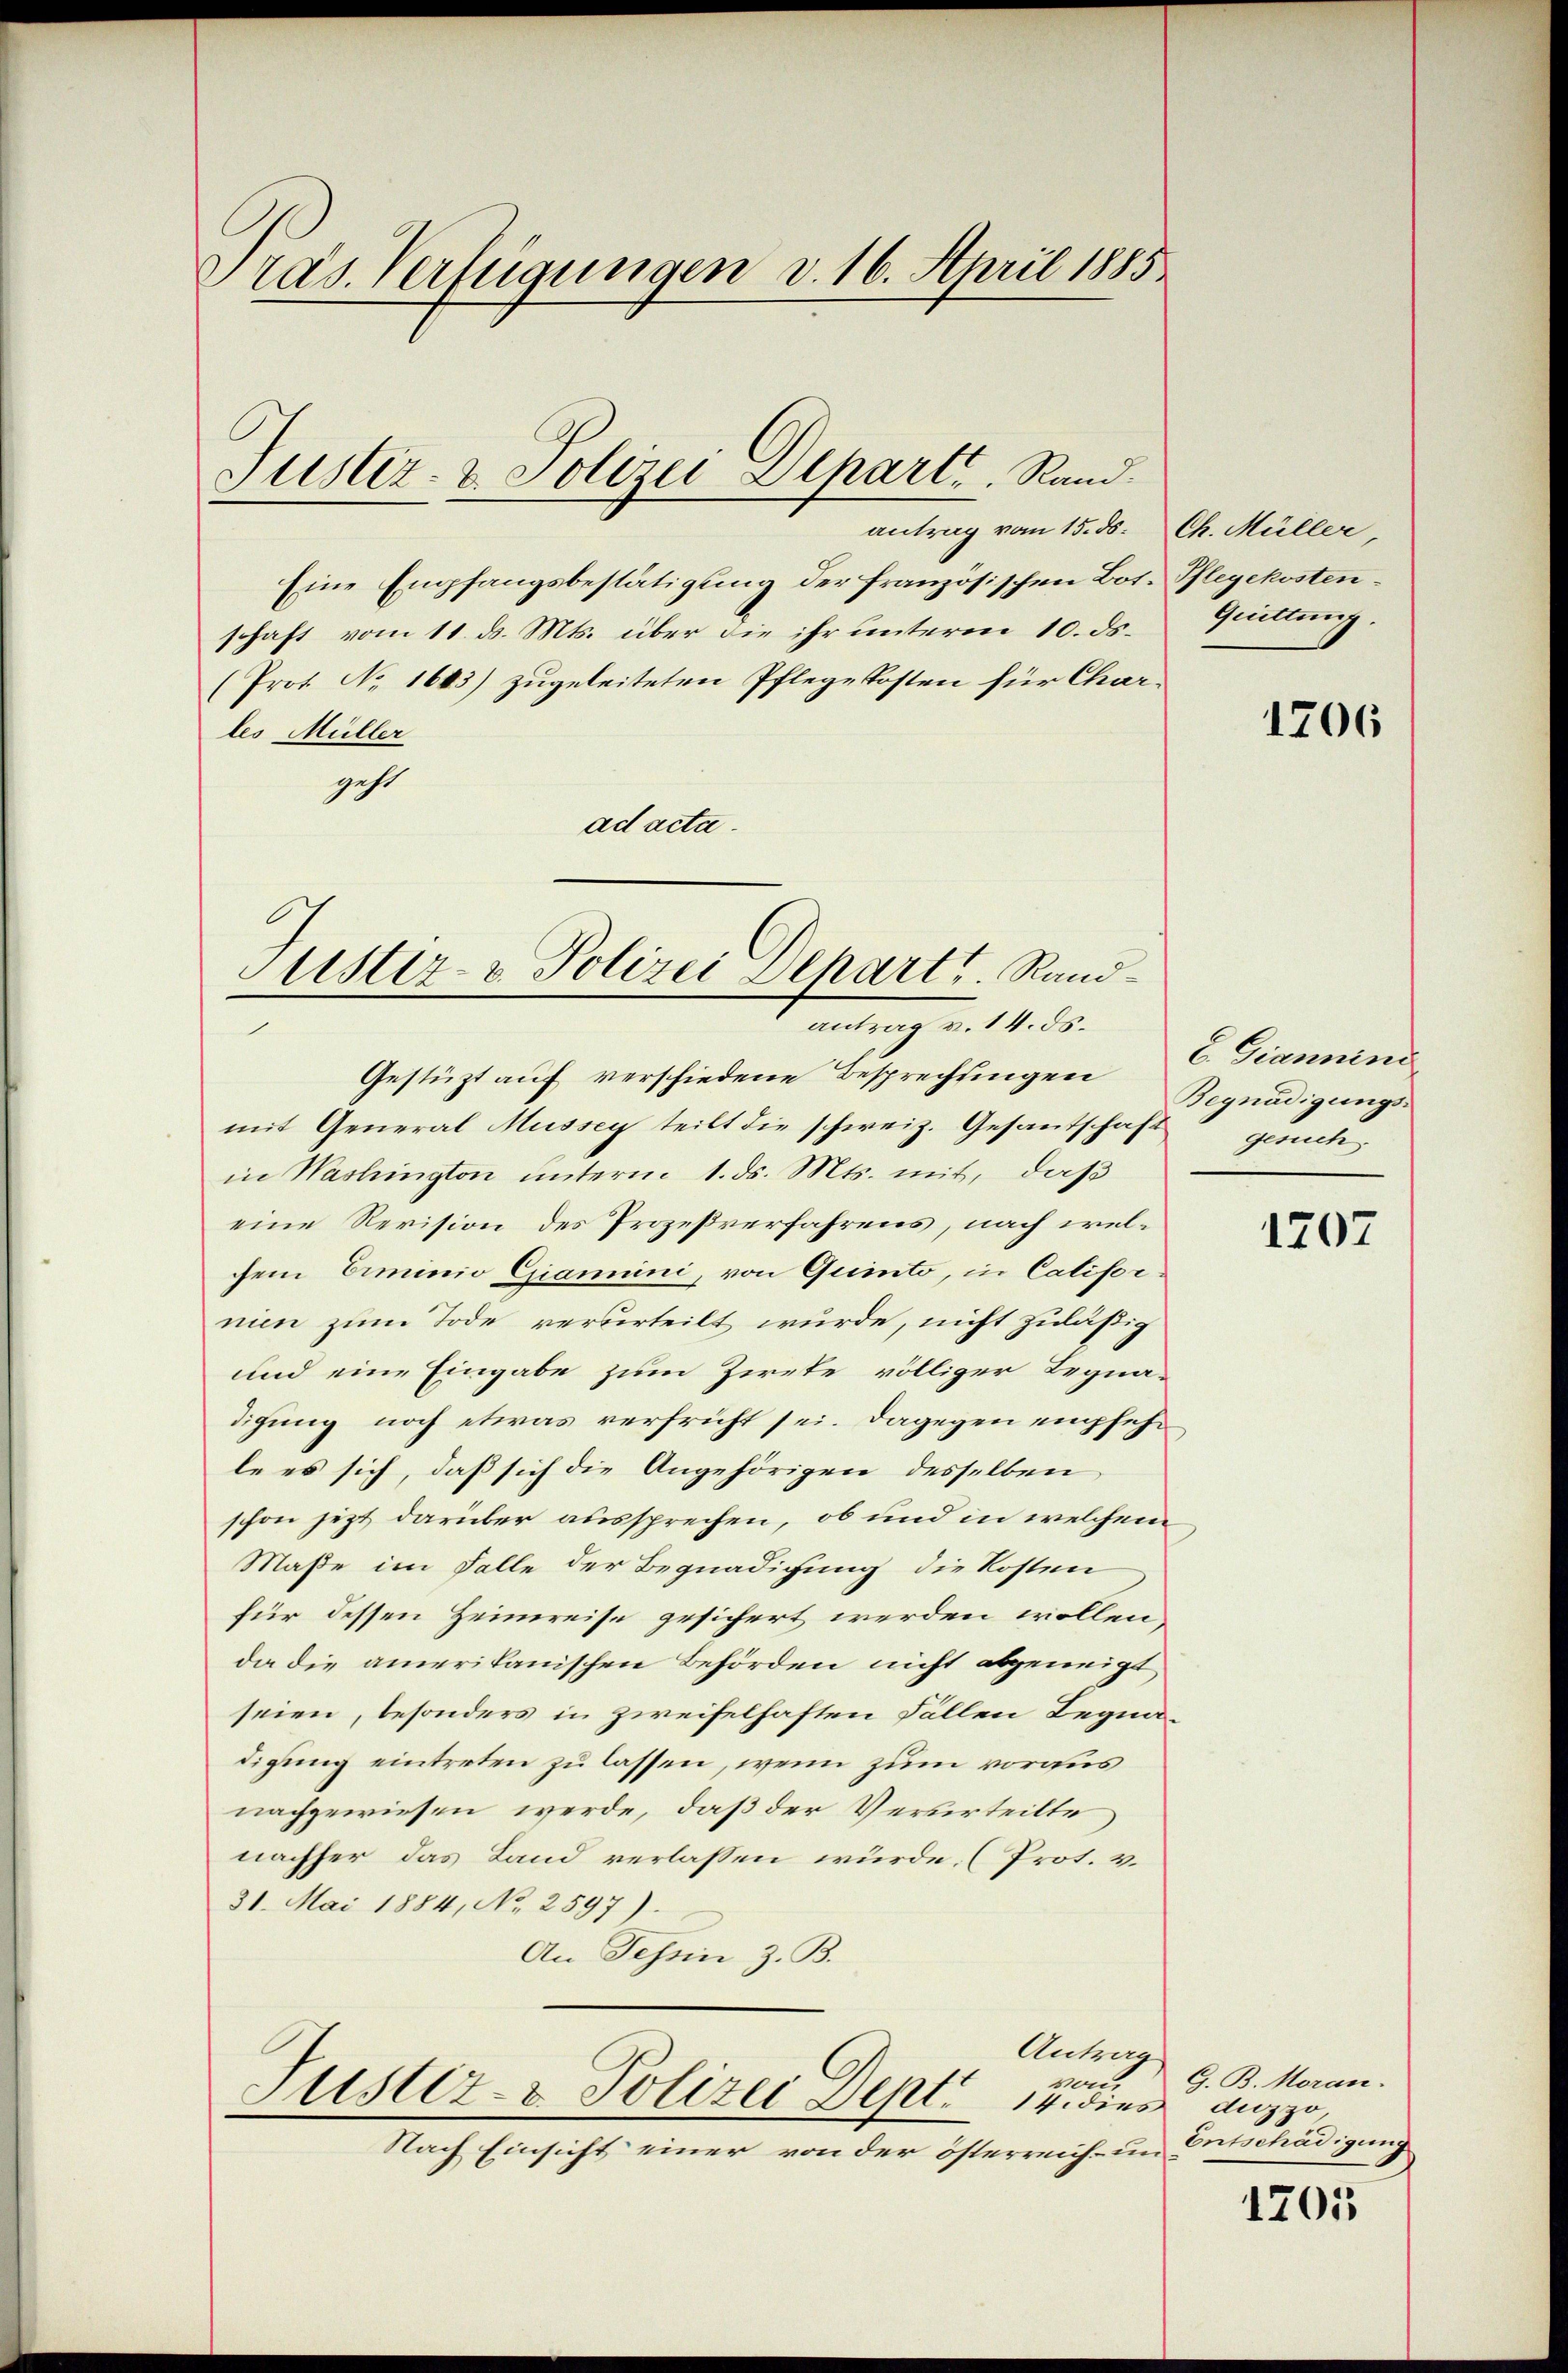
Pras. Verfügungen v. 16. April 1885

Eine Empfangsbestätigung der französischen Bot. Pflegekostenschaft vom 11. d. Mts. über die ihr unterm 10. ds.
(Prot. No 1643) zugeleiteten Pflegekosten für Charles Müller
geht
ad acta.

Justiz- & Polizei Departe Rand.

Justiz- & Polizei Dehart, Randantrag v. 14. ds.

Gestützt auf verschiedene Besprechungen 6 Giannens
mit General Musser teilt die schweiz. Gesantschaft
in Washington unterm 1. ds. Mts. mit, daß
eine Revision des Prozeßverfahrens, nach welchem Eiminio Examini, von Quinto, in Californien zum Tode verurteilt wurde, nicht zuläßig
und eine Eingabe zum Zirke völliger Begnadigung noch etwas verfrüht sei. Dagegen empfehle es sich, daß sich die Angehörigen desselben
schon jetzt darüber aussprechen, ob und in welchem
Maße im Falle der Begnadigung die Kosten
für dessen Heimreise gesichert werden wollen,
da die amerikanischen Behörden nicht abgeneigt
seien, besonders in zweifelhaften Fällen Begnadigung eintreten zu lassen, wenn zum voraus
nachgewiesen werde, daß der Verurteilte
nachher das Land verlassen würde. (Prot. v.
31. Mai 1884, No 2597).
An Tessin z. B.

antrag vom 15. ds. Ch. Müller

Antrag
vom
Justiz- & Polizei Dept. 14. dies
Nach Einsicht einer von der österreich- un-

Quittung.

1706

Begnadigungsgesuch

1207

G. B. Moran.
duzzo,
Entschädigung

1705